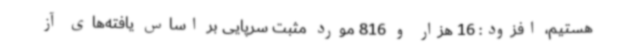
هستیم، افزود: 16 هزار و 816 مورد مثبت سرپایی بر اساس یافته‌های آز